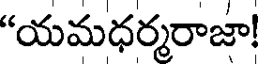
"యమధర్మరాజా!